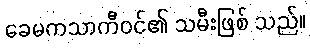
ခေမကသာကီဝင်၏ သမီးဖြစ် သည်။